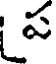
ప